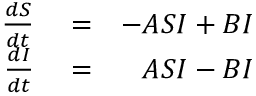
\begin{array} { r l r } { \frac { d S } { d t } } & { { } = } & { - A S I + B I } \\ { \frac { d I } { d t } } & { { } = } & { A S I - B I } \end{array}